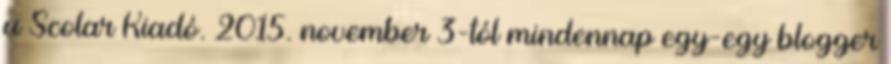
a Scolar Kiadó. 2015. november 3-tól mindennap egy-egy blogger